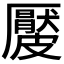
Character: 𥀬